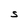
Character: S